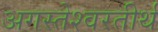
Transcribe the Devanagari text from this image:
अगस्तेश्वरतीर्थ